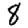
Digit: 8